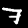
Digit: 7